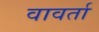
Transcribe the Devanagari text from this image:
वावर्ता